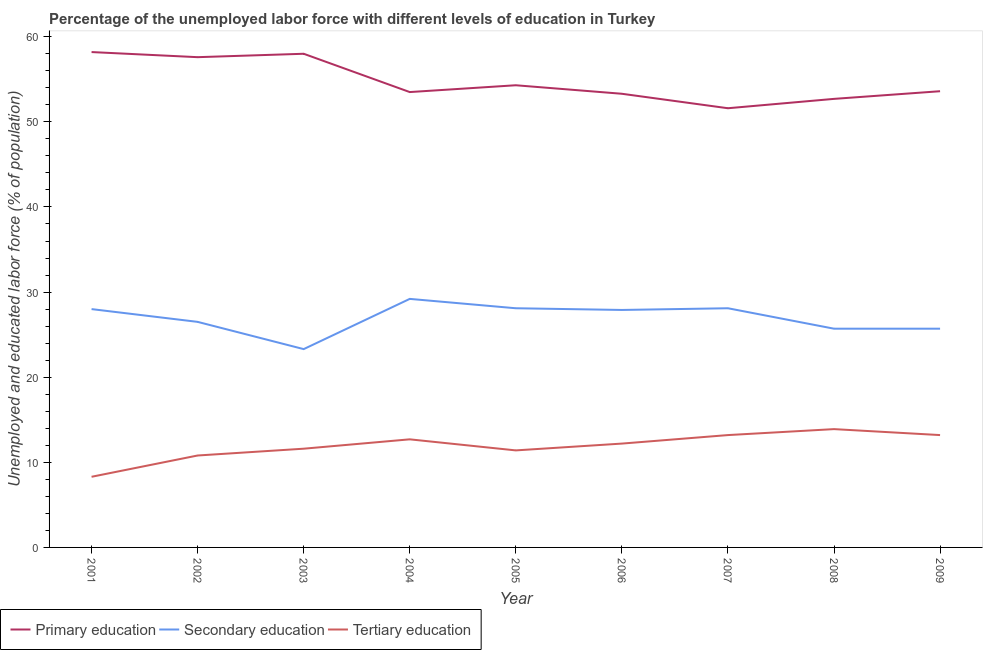
| Year | Primary education | Secondary education | Tertiary education |
 | --- | --- | --- | --- |
 | 2001 | 58.2 | 28 | 8.3 |
 | 2002 | 57.6 | 26.5 | 10.8 |
 | 2003 | 58 | 23.3 | 11.6 |
 | 2004 | 53.5 | 29.2 | 12.7 |
 | 2005 | 54.3 | 28.1 | 11.4 |
 | 2006 | 53.3 | 27.9 | 12.2 |
 | 2007 | 51.6 | 28.1 | 13.2 |
 | 2008 | 52.7 | 25.7 | 13.9 |
 | 2009 | 53.6 | 25.7 | 13.2 |